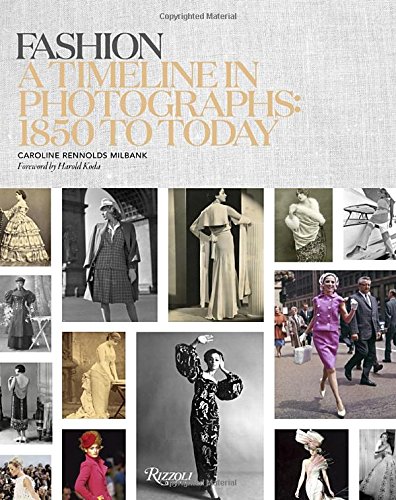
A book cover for Fashion: A Timeline in Photographs: 1850 to Today; Caroline Rennolds Milbank; Humor & Entertainment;